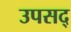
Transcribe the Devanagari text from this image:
उपसद्